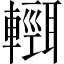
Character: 𨏄